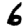
Digit: 6